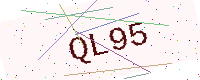
Text: QL95